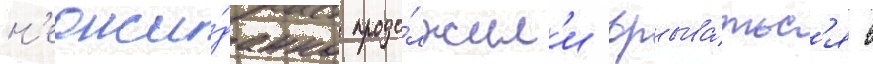
н'еожи́данно продо́лжил'и врыва́тьс'я в